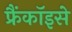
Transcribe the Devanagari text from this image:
फ्रैंकॉइसे